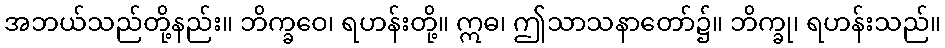
အဘယ်သည်တို့နည်း။ ဘိက္ခဝေ၊ ရဟန်းတို့။ ဣဓ၊ ဤသာသနာတော်၌။ ဘိက္ခု၊ ရဟန်းသည်။